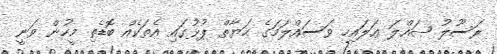
ރަސޫލު ޞައްލަ ޢަލައިހި ވަސައްލަމަގެ ޙަޔާތް ޕުޅުގައި އެތަކެއް ބޮޑެތި މީހުން ވަނީ